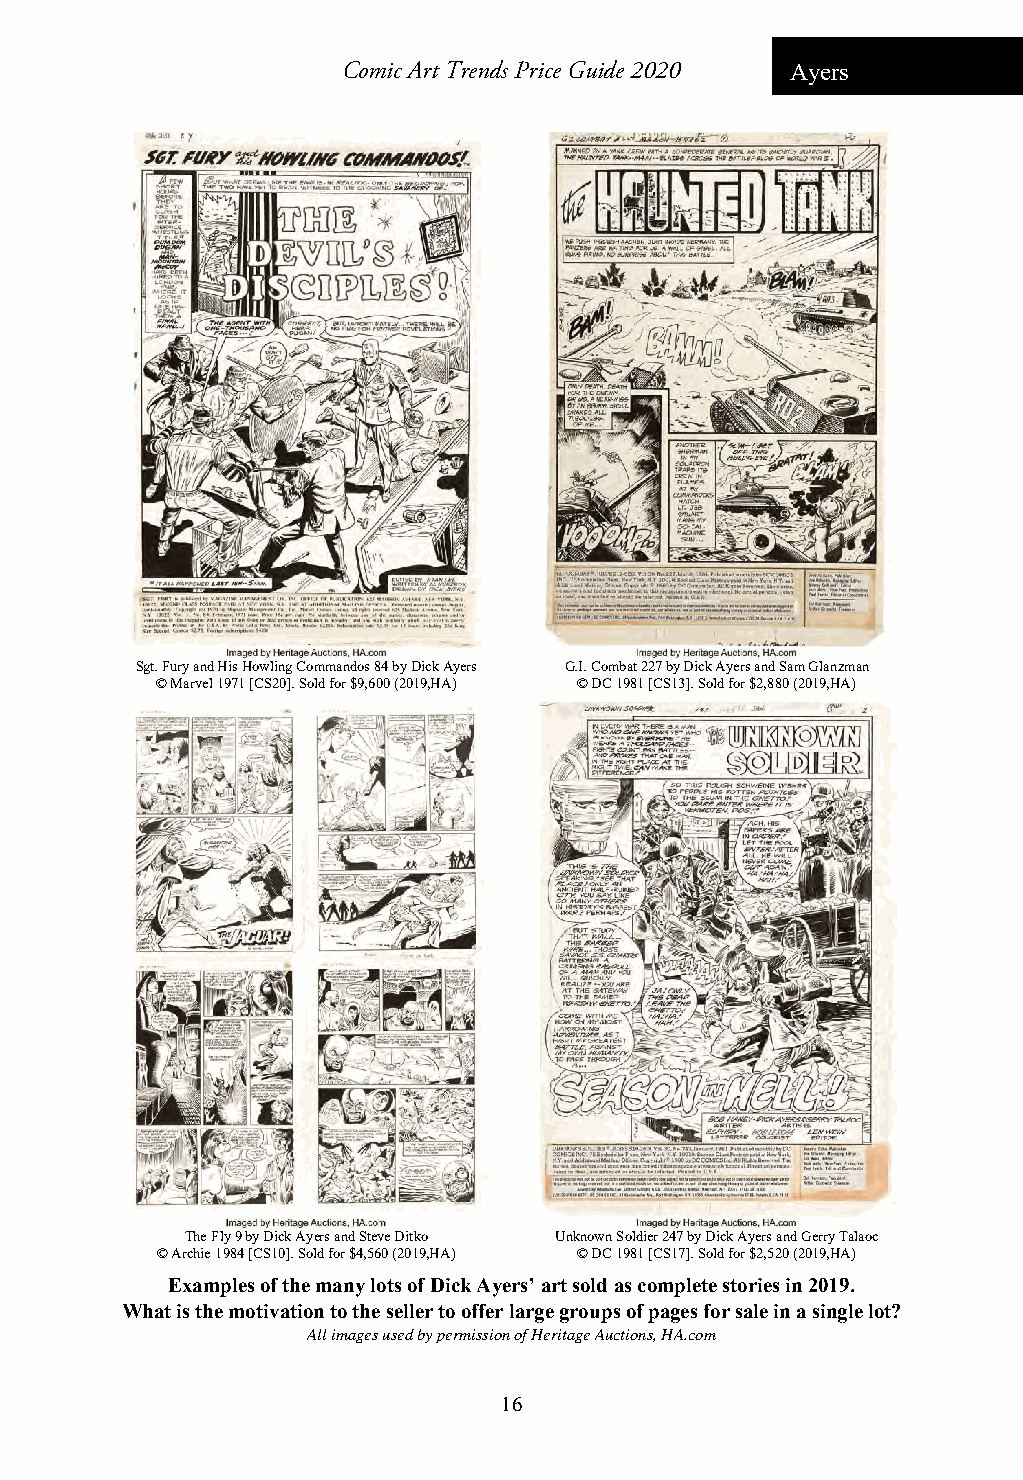
Comic Art Trends Price Guide 2020 Ayers
 Sgt. Fury and His Howling Commandos 84 by Dick Ayers G.I. Combat 227 by Dick Ayers and Sam Glanzman
 © Marvel 1971 [CS20]. Sold for $9,600 (2019,HA) © DC 1981 [CS13]. Sold for $2,880 (2019,HA)
 The Fly 9 by Dick Ayers and Steve Ditko Unknown Soldier 247 by Dick Ayers and Gerry Talaoc
 © Archie 1984 [CS10]. Sold for $4,560 (2019,HA) © DC 1981 [CS17]. Sold for $2,520 (2019,HA)
 Examples of the many lots of Dick Ayers’ art sold as complete stories in 2019.
 What is the motivation to the seller to offer large groups of pages for sale in a single lot?
 All images used by permission of Heritage Auctions, HA.com
 16